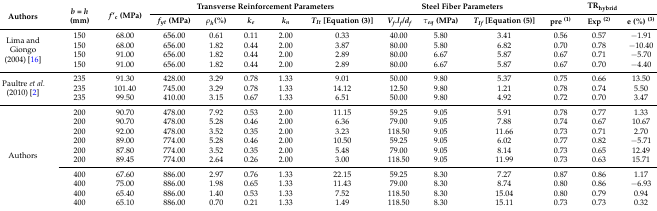
<table><thead><tr><td rowspan="2"><b>Authors</b></td><td rowspan="2"><b><i>b</i> = <i>h</i> (mm)</b></td><td rowspan="2"><b><i>f</i>’<sub>c</sub> (MPa)</b></td><td colspan="5"><b>Transverse Reinforcement Parameters</b></td><td colspan="3"><b>Steel Fiber Parameters</b></td><td colspan="3"><b>TR<sub>hybrid</sub></b></td></tr><tr><td><b><i>f<sub>yt</sub></i> (MPa)</b></td><td><b><i>ρ<sub>h</sub></i>(%)</b></td><td><b><i>k<sub>e</sub></i></b></td><td><b><i>k<sub>n</sub></i></b></td><td><b><i>T<sub>It</sub></i> [Equation (3)]</b></td><td><b><i>V<sub>f</sub>.l<sub>f</sub>/d<sub>f</sub></i></b></td><td><b><i>τ<sub>eq</sub></i> (MPa)</b></td><td><b><i>T<sub>If</sub></i> [Equation (5)]</b></td><td><b>pre <sup>(1)</sup></b></td><td><b>Exp <sup>(2)</sup></b></td><td><b>e (%) <sup>(3)</sup></b></td></tr></thead><tbody><tr><td rowspan="4">Lima and Giongo (2004) [16]</td><td>150</td><td>68.00</td><td>656.00</td><td>0.61</td><td>0.11</td><td>2.00</td><td>0.33</td><td>40.00</td><td>5.80</td><td>3.41</td><td>0.56</td><td>0.57</td><td>−1.91</td></tr><tr><td>150</td><td>68.00</td><td>656.00</td><td>1.82</td><td>0.44</td><td>2.00</td><td>3.87</td><td>80.00</td><td>5.80</td><td>6.82</td><td>0.70</td><td>0.78</td><td>−10.40</td></tr><tr><td>150</td><td>91.00</td><td>656.00</td><td>1.82</td><td>0.44</td><td>2.00</td><td>2.89</td><td>80.00</td><td>6.67</td><td>5.87</td><td>0.67</td><td>0.71</td><td>−5.70</td></tr><tr><td>150</td><td>91.00</td><td>656.00</td><td>1.82</td><td>0.44</td><td>2.00</td><td>2.89</td><td>80.00</td><td>6.67</td><td>5.87</td><td>0.67</td><td>0.70</td><td>−4.40</td></tr><tr><td rowspan="3">Paultre <i>et al.</i> (2010) [2]</td><td>235</td><td>91.30</td><td>428.00</td><td>3.29</td><td>0.78</td><td>1.33</td><td>9.01</td><td>50.00</td><td>9.80</td><td>5.37</td><td>0.75</td><td>0.66</td><td>13.50</td></tr><tr><td>235</td><td>101.40</td><td>745.00</td><td>3.29</td><td>0.78</td><td>1.33</td><td>14.12</td><td>12.50</td><td>9.80</td><td>1.21</td><td>0.78</td><td>0.74</td><td>5.50</td></tr><tr><td>235</td><td>99.50</td><td>410.00</td><td>3.15</td><td>0.67</td><td>1.33</td><td>6.51</td><td>50.00</td><td>9.80</td><td>4.92</td><td>0.72</td><td>0.70</td><td>3.47</td></tr><tr><td rowspan="10">Authors </td><td>200</td><td>90.70</td><td>478.00</td><td>7.92</td><td>0.53</td><td>2.00</td><td>11.15</td><td>59.25</td><td>9.05</td><td>5.91</td><td>0.78</td><td>0.77</td><td>1.33</td></tr><tr><td>200</td><td>90.70</td><td>478.00</td><td>5.28</td><td>0.46</td><td>2.00</td><td>6.36</td><td>79.00</td><td>9.05</td><td>7.88</td><td>0.74</td><td>0.67</td><td>10.67</td></tr><tr><td>200</td><td>92.00</td><td>478.00</td><td>3.52</td><td>0.35</td><td>2.00</td><td>3.23</td><td>118.50</td><td>9.05</td><td>11.66</td><td>0.73</td><td>0.71</td><td>2.70</td></tr><tr><td>200</td><td>89.00</td><td>774.00</td><td>5.28</td><td>0.46</td><td>2.00</td><td>10.50</td><td>59.25</td><td>9.05</td><td>6.02</td><td>0.77</td><td>0.82</td><td>−5.71</td></tr><tr><td>200</td><td>87.80</td><td>774.00</td><td>3.52</td><td>0.35</td><td>2.00</td><td>5.48</td><td>79.00</td><td>9.05</td><td>8.14</td><td>0.73</td><td>0.65</td><td>12.49</td></tr><tr><td>200</td><td>89.45</td><td>774.00</td><td>2.64</td><td>0.26</td><td>2.00</td><td>3.00</td><td>118.50</td><td>9.05</td><td>11.99</td><td>0.73</td><td>0.63</td><td>15.71</td></tr><tr><td>400</td><td>67.60</td><td>886.00</td><td>2.97</td><td>0.76</td><td>1.33</td><td>22.15</td><td>59.25</td><td>8.30</td><td>7.27</td><td>0.87</td><td>0.86</td><td>1.17</td></tr><tr><td>400</td><td>75.00</td><td>886.00</td><td>1.98</td><td>0.65</td><td>1.33</td><td>11.43</td><td>79.00</td><td>8.30</td><td>8.74</td><td>0.80</td><td>0.86</td><td>−6.93</td></tr><tr><td>400</td><td>65.40</td><td>886.00</td><td>1.40</td><td>0.53</td><td>1.33</td><td>7.52</td><td>118.50</td><td>8.30</td><td>15.04</td><td>0.80</td><td>0.79</td><td>0.94</td></tr><tr><td>400</td><td>65.10</td><td>886.00</td><td>0.70</td><td>0.21</td><td>1.33</td><td>1.49</td><td>118.50</td><td>8.30</td><td>15.11</td><td>0.73</td><td>0.73</td><td>0.32</td></tr></tbody></table>